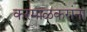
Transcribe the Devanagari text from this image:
करमाळकरांना